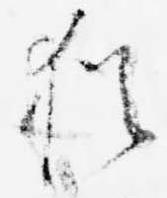
猶